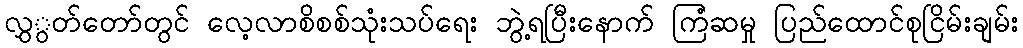
လွှွတ်တော်တွင် လေ့လာစိစစ်သုံးသပ်ရေး ဘွဲ့ရပြီးနောက် ကြံဆမှု ပြည်ထောင်စုငြိမ်းချမ်း